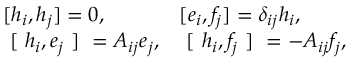
\begin{array} { l l } { { [ h _ { i } , h _ { j } ] = 0 , } } & { { [ e _ { i } , f _ { j } ] = \delta _ { i j } h _ { i } , } } \\ { { \mathrm { ~ [ ~ } h _ { i } , e _ { j } \mathrm { ~ ] ~ } = A _ { i j } e _ { j } , } } & { { \mathrm { ~ [ ~ } h _ { i } , f _ { j } \mathrm { ~ ] ~ } = - A _ { i j } f _ { j } , } } \end{array}